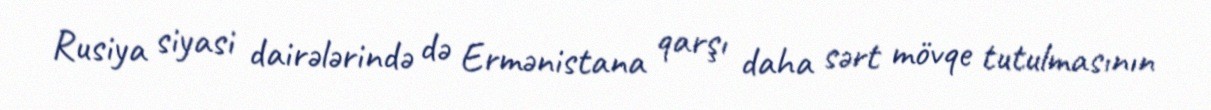
Rusiya siyasi dairələrində də Ermənistana qarşı daha sərt mövqe tutulmasının